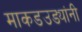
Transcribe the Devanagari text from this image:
माकडउड्यांनी